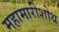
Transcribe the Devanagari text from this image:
महामारीशोथ